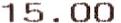
15.00